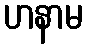
ဟနာမ